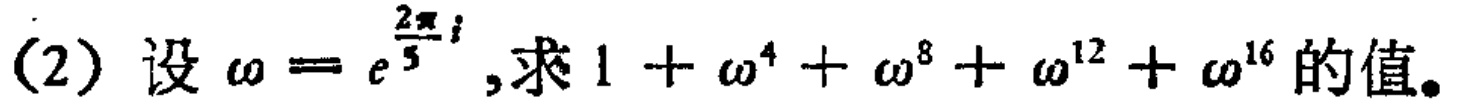
(2) 设 $\omega = e^{\frac{2\pi}{5}i}$, 求 $1 + \omega^{4} + \omega^{8} + \omega^{12} + \omega^{16}$ 的值。